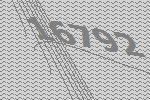
16792